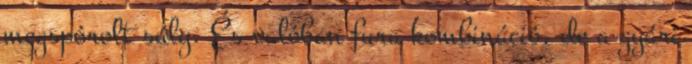
megspórolt súly. És valóban fura kombináció. de a gyári